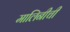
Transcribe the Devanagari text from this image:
मालिनीची